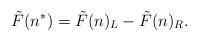
LaTeX: \begin{align*}\tilde{F}(n^{*})=\tilde{F}(n)_L-\tilde{F}(n)_R.\end{align*}